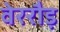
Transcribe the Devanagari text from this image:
वेररौड़